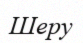
Шеру